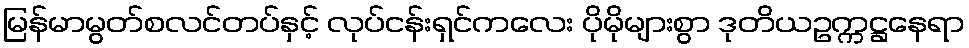
မြန်မာမွတ်စလင်တပ်နှင့် လုပ်ငန်းရှင်ကလေး ပိုမိုများစွာ ဒုတိယဥက္ကဋ္ဌနေရာ